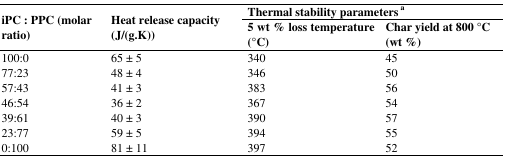
| <ROWSPAN=2> iPC : PPC (molar ratio) | <ROWSPAN=2> Heat release capacity (J/(g.K)) | <COLSPAN=2> Thermal stability parameters a |
 | 5 wt % loss temperature (°C) | Char yield at 800 °C (wt %) |
 | --- | --- | --- | --- |
 | 100:0 | 65 ± 5 | 340 | 45 |
 | 77:23 | 48 ± 4 | 346 | 50 |
 | 57:43 | 41 ± 3 | 383 | 56 |
 | 46:54 | 36 ± 2 | 367 | 54 |
 | 39:61 | 40 ± 3 | 390 | 57 |
 | 23:77 | 59 ± 5 | 394 | 55 |
 | 0:100 | 81 ± 11 | 397 | 52 |